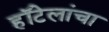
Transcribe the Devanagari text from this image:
हॉटेलांचा